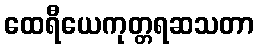
ထေရီယေကုတ္တရဆသတာ